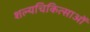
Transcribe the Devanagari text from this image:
शल्यचिकित्साओं